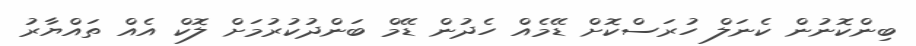
ބިންކޮނުން ކެނަލް ހުރަސްކޮށް ޑޭމެއް ހެދުން ޑޭމް ބަންދުކުރުމަށް ލޮކް އެއް ތައްޔާރު